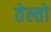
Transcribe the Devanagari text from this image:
तेल्तो